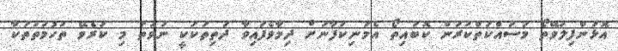
އޮޅުންފިލުވޭތޯ މަސައްކަތްކުރަން ކޮބައިތޯ އެމަނިކުފާނަށް ދިމާވެފައިވާ ދަތިތަކަކީ ނުވަތަ މި ކުރެވޭ ތުހުމަތުތަކާ